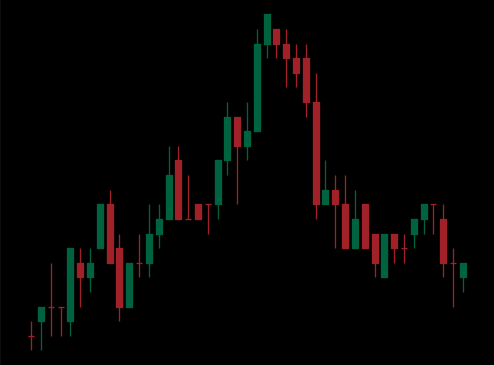
Pattern: head_shoulders